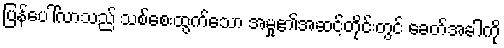
ပြန်ပေါ်လာသည် သစ်စေးထွက်သော အမှု၏အဆင့်တိုင်းတွင် ခေတ်အခါကို